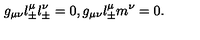
g _ { \mu \nu } l _ { \pm } ^ { \mu } l _ { \pm } ^ { \nu } = 0 , g _ { \mu \nu } l _ { \pm } ^ { \mu } m ^ { \nu } = 0 .